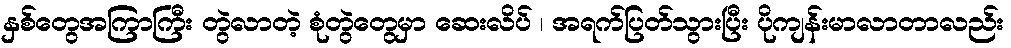
နှစ်တွေအကြာကြီး တွဲလာတဲ့ စုံတွဲတွေမှာ ဆေးလိပ် ၊ အရက်ပြတ်သွားပြီး ပိုကျန်းမာလာတာလည်း